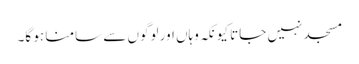
مسجد نہیں جاتا کیونکہ وہاں اور لوگوں سے سامنا ہو گا۔